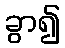
ခွာ၍